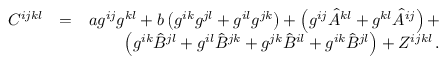
\begin{array} { r l r } { C ^ { i j k l } } & { = } & { a g ^ { i j } g ^ { k l } + b \left( g ^ { i k } g ^ { j l } + g ^ { i l } g ^ { j k } \right) + \left( g ^ { i j } { \hat { A } } ^ { k l } + g ^ { k l } { \hat { A } } ^ { i j } \right) + } \\ & { } & { \left( g ^ { i k } { \hat { B } } ^ { j l } + g ^ { i l } { \hat { B } } ^ { j k } + g ^ { j k } { \hat { B } } ^ { i l } + g ^ { i k } { \hat { B } } ^ { j l } \right) + Z ^ { i j k l } \, . } \end{array}